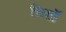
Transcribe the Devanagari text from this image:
चिसॉ